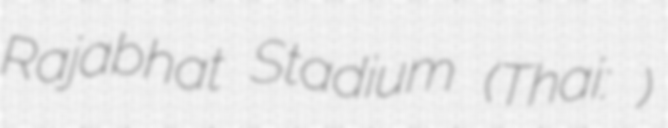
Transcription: Rajabhat Stadium (Thai: สนามกีฬามหาวิทยาลัยราชภัฏพิบูลสงคราม)